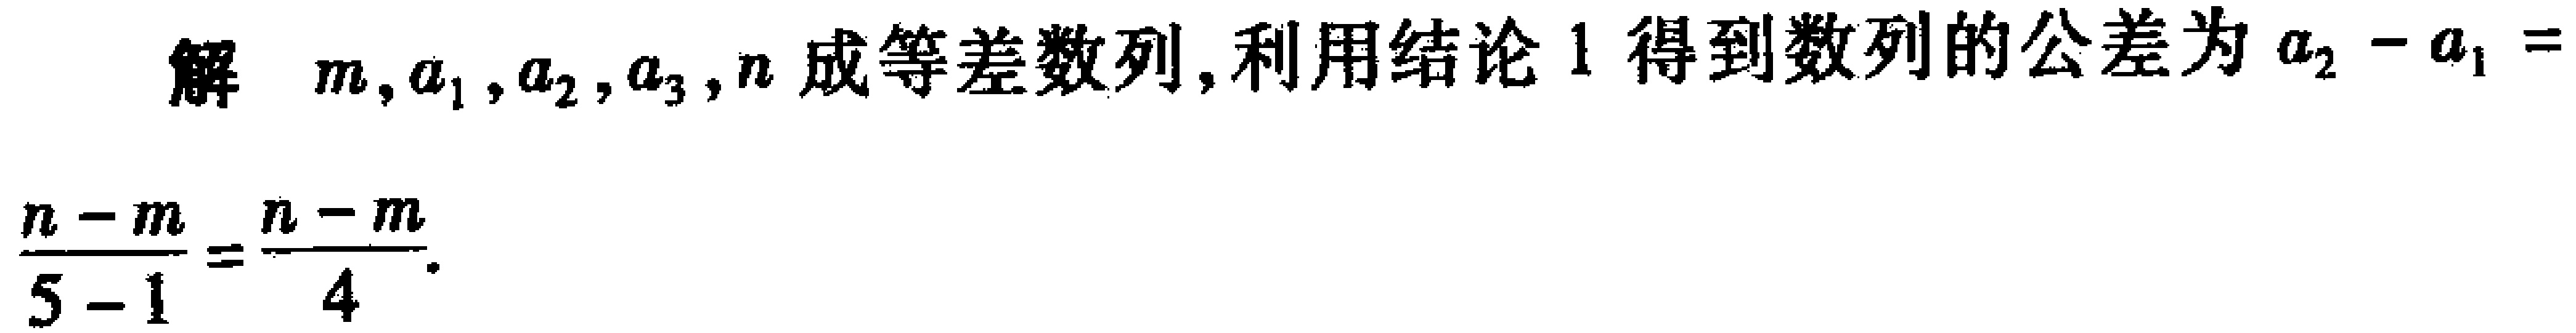
解 \(m,a_{1},a_{2},a_{3},n\) 成等差数列，利用结论 1 得到数列的公差为 \(a_{2}-a_{1}=\)
\(\frac{n - m}{5 - 1}=\frac{n - m}{4}\)。